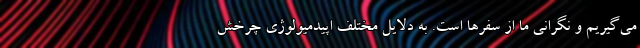
می‌گیریم و نگرانی ما از سفرها است. به دلایل مختلف اپیدمیولوژی چرخش